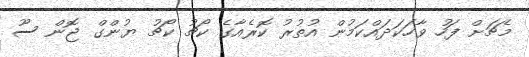
މެޗަށް ފަހު ވާހަކަދައްކަމުން އުތުރު ކޮރެއާގެ ކޯޗު ކޯޗު ޔުންގް ޖޮން ސޫ